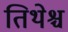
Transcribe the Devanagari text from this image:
तिथेश्च